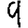
Digit: 9